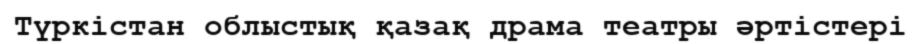
Түркістан облыстық қазақ драма театры әртістері